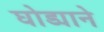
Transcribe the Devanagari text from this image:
घोड्याने